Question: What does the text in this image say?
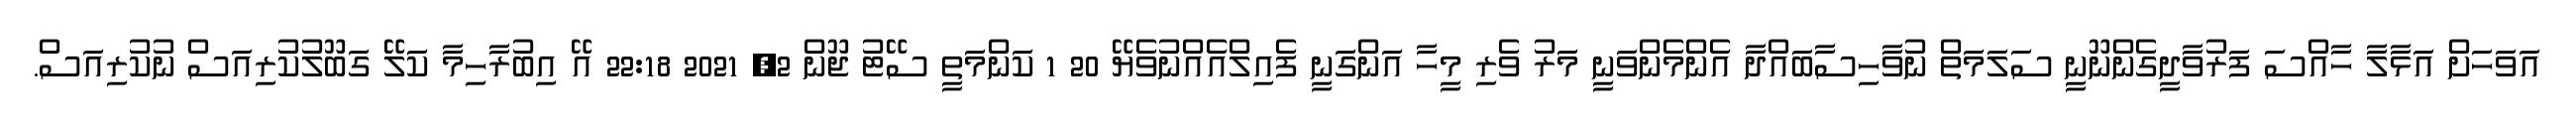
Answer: އަވަހަށް އަޅާލާ ހާއްސަ ފަރުވާދީގެންނޫނީ ސަލަމަތް ނުވާހިސާބައްދާ އެންމެންވަނީ މަރު ވެރި މީހާ އަންގަނީ ފެއިލްއެއްނުވެޔޭ 20 1 ކަންމަތީ ސޭޓު ޖޫން 2, 2021 22:18 އޭ އިބުރާހިމާ ކަލޭ ގަބޫލުކުރިއަސް ނުކުރިއަސް.